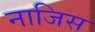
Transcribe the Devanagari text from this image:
नाजिस